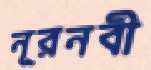
নূরনবী